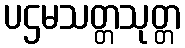
ပဌမသတ္တသုတ္တ